Causation and prevention of malarial fevers: a statement of the results of researches drawn up for the use of assistant surgeons, hospital assistants and students
Disease focus: Malaria
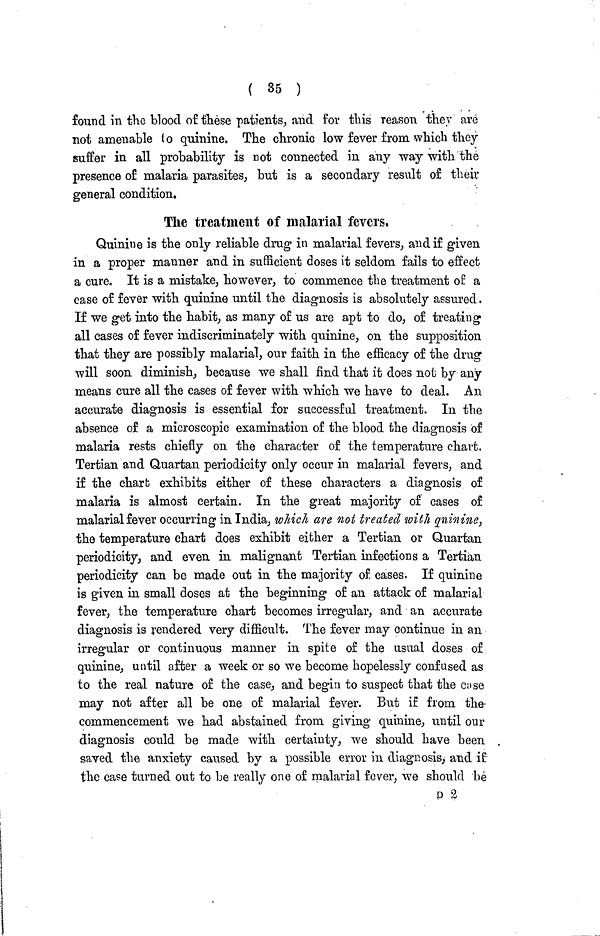
( 35 )
found in the blood of these patients, and for this reason they are
not amenable to quinine. The chronic low fever from which they
suffer in all probability is not connected in any way with the
presence of malaria parasites, but is a secondary result of their
general condition.
The treatment of malarial fevers,
Quinine is the only reliable drug in malarial fevers, and if given
in a proper manner and in sufficient doses it seldom fails to effect
a cure. It is a mistake, however, to commence the treatment of a
case of fever with quinine until the diagnosis is absolutely assured.
If we get into the habit, as many of us are apt to do, of treating
all cases of fever indiscriminately with quinine, on the supposition
that they are possibly malarial, our faith in the efficacy of the drug
will soon diminish, because we shall find that it does not by any
means cure all the cases of fever with which we have to deal. An
accurate diagnosis is essential for successful treatment. In the
absence of a microscopic examination of the blood the diagnosis of
malaria rests chiefly on the character of the temperature chart.
Tertian and Quartan periodicity only occur in malarial fevers, and
if the chart exhibits either of these characters a diagnosis of
malaria is almost certain. In the great majority of cases of
malarial fever occurring in India, which are not treated with quinine,
the temperature chart does exhibit either a Tertian or Quartan
periodicity, and even in malignant Tertian infections a Tertian
periodicity can be made out in the majority of cases. If quinine
is given in small doses at the beginning of an attack of malarial
fever, the temperature chart becomes irregular, and an accurate
diagnosis is rendered very difficult. The fever may continue in an
irregular or continuous manner in spite of the usual doses of
quinine, until after a week or so we become hopelessly confused as
to the real nature of the case, and begin to suspect that the case
may not after all be one of malarial fever. But if from the
commencement we had abstained from giving quinine, until our
diagnosis could be made with certainty, we should have been
saved the anxiety caused by a possible error in diagnosis, and if
the case turned out to be really one of malarial fever, we should be
p 2